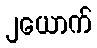
၂ယောက်